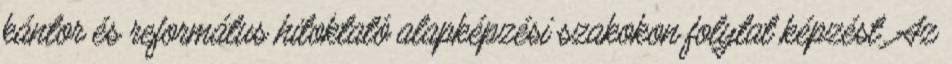
kántor és református hitoktató alapképzési szakokon folytat képzést. Az